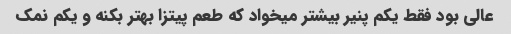
عالی بود فقط یکم پنیر بیشتر میخواد که طعم پیتزا بهتر بکنه و یکم نمک